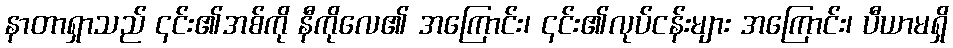
နာတာရှာသည် ၎င်း၏အစ်ကို နီကိုလေ၏ အကြောင်း၊ ၎င်း၏လုပ်ငန်းများ အကြောင်း၊ ပီယာမရှိ